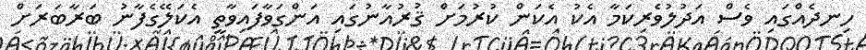
ހިނދެއްގައި ވެސް އަދުލުވެރިކަމާ އެކު އެކަން ކުރުމަށް ޤުރުއާނުގައި އަންގަވާފައިވާތީ އެކަލޭގެފާނު ބަރާބަރަށް